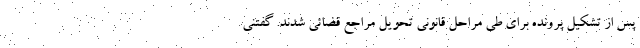
پس از تشکیل پرونده برای طی مراحل قانونی تحویل مراجع قضائی شدند. گفتنی